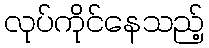
လုပ်ကိုင်နေသည့်